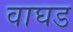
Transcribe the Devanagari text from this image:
वाघड